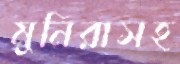
মুনিরাসহ